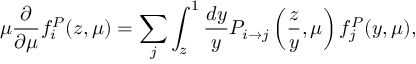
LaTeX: \mu \frac { \partial } { \partial \mu } f _ { i } ^ { P } ( z , \mu ) = \sum _ { j } \int _ { z } ^ { 1 } \frac { d y } { y } P _ { i \rightarrow j } \left( \frac { z } { y } , \mu \right) f _ { j } ^ { P } ( y , \mu ) ,